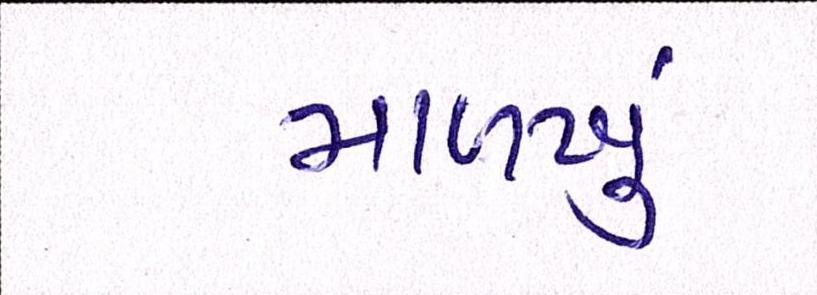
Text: માળખું